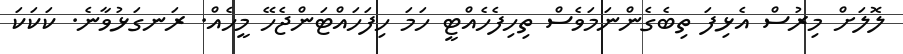
ލޮލަށް މިރުސް އެޅިފަ ތިބެގެންނަމަވެސް ތިހިފެހެއްޓީ ހަމަ ހިފަހައްޓަންޖެހޭ މީހެއް. ރަނގަޅުވާނެ. ކަކަކަ